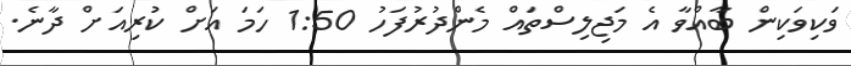
ވަކިވަކިން ބާއްވާ އެ މަޖިލިސްތައް މެންދުރުފަހު 1:50 ހަމަ އަށް ކުރިއަށް ދާނެ.